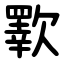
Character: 歝